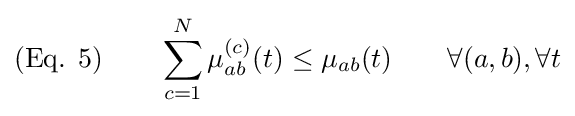
{\text{(Eq. 5)}}\qquad \sum _{c=1}^{N}\mu _{ab}^{(c)}(t)\leq \mu _{ab}(t)\qquad \forall (a,b),\forall t